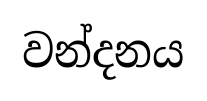
වන්දනය